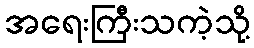
အရေးကြီးသကဲ့သို့